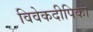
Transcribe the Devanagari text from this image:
विवेकदीपिका